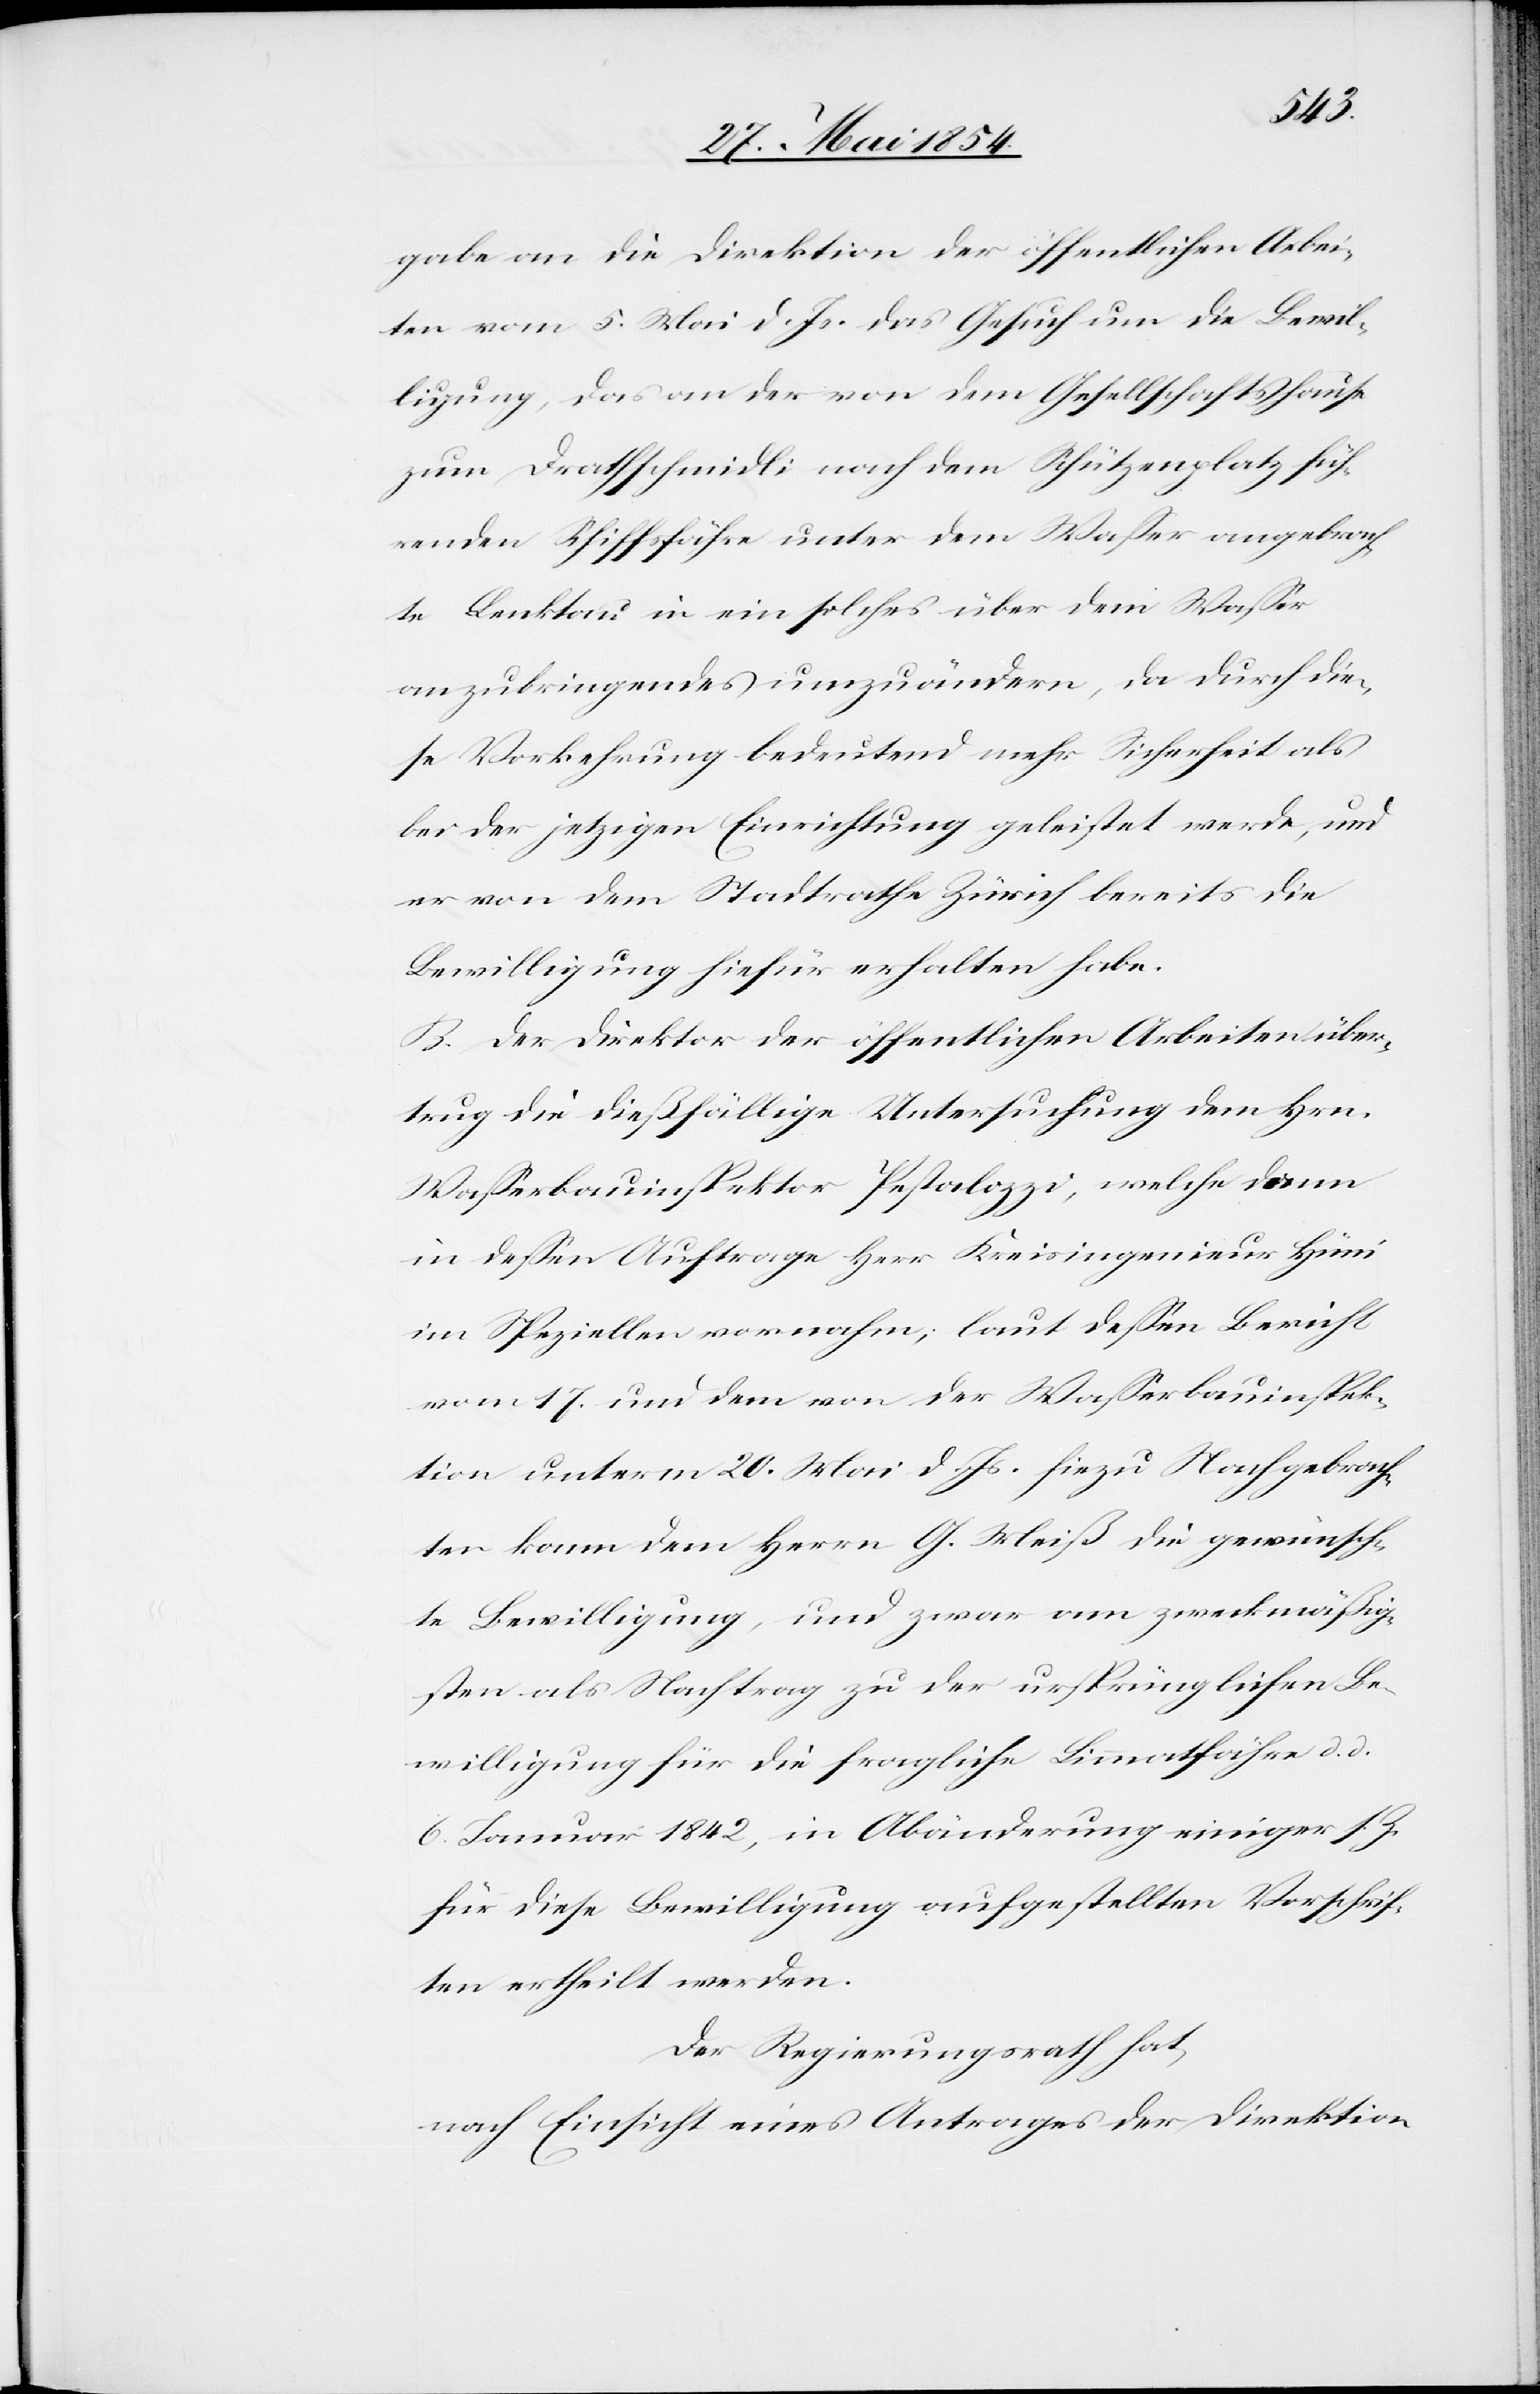
gabe an die Direktion der öffentlichen Arbei¬
ten vom 5. Mai d. Js. das Gesuch um die Bewil¬
ligung, das an der von dem Gesellschaftshause
zum Drathschmidli nach dem Schützenplatz füh¬
renden Schifffähre unter dem Waßer angebrach¬
ten Lenktau in ein solches über dem Waßer
anzubringendes umzuändern, da durch die¬
se Vorkehrung bedeutend mehr Sicherheit als
bei der jetzigen Einrichtung geleistet werde, und
er von dem Stadtrathe Zürich bereits die
Bewilligung hiefür erhalten habe.
B. Der Direktor der öffentlichen Arbeiten über¬
trug die dießfällige Untersuchung dem Hrn.
Waßerbauinspektor Pestalozzi, welche dann
in deßen Auftrage Herr Kreisingenieur Hüni
im Speziellen vornahm; laut deßen Bericht
vom 17. und dem von der Waßerbauinspek¬
tion unterm 20. Mai d. Js. hiezu Nachgebrach¬
ten kann dem Herrn G. Meiß die gewünsch¬
te Bewilligung, und zwar am zweckmäßig¬
sten als Nachtrag zu der ursprünglichen Be¬
willigung für die fragliche Limmatfähre d. d.
6. Januar 1842, in Abänderung einiger s. Z.
für diese Bewilligung aufgestellten Vorschrif¬
ten ertheilt werden.
Der Regierungsrath hat,
nach Einsicht eines Antrages der Direktion